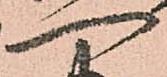
一